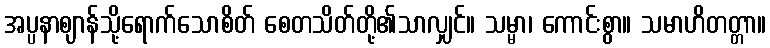
အပ္ပနာဈာန်သို့ရောက်သောစိတ် စေတသိတ်တို့၏သာလျှင်။ သမ္မာ၊ ကောင်းစွာ။ သမာဟိတတ္တာ။